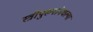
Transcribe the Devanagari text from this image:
स्त्रीपुरुषांमधल्या